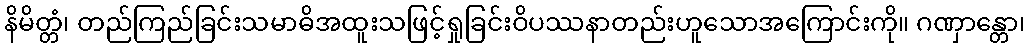
နိမိတ္တံ၊ တည်ကြည်ခြင်းသမာဓိအထူးသဖြင့်ရှုခြင်းဝိပဿနာတည်းဟူသောအကြောင်းကို။ ဂဏှာန္တော၊